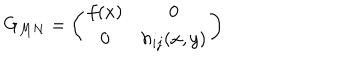
G _ { M N } = \left( \begin{array} { c c } { { f ( x ) } } & { { 0 } } \\ { { 0 } } & { { h _ { i j } ( x , y ) } } \\ \end{array} \right)